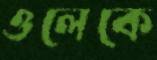
ওলেকে